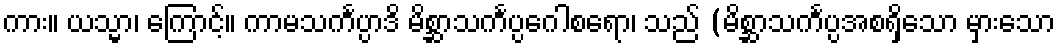
ကား။ ယသ္မာ၊ ကြောင့်။ ကာမသင်္ကပ္ပာဒိ မိစ္ဆာသင်္ကပ္ပဂေါစရော၊ သည် (မိစ္ဆာသင်္ကပ္ပအစရှိသော မှားသော